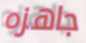
جاهزه